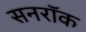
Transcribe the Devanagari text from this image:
सनरॉक